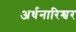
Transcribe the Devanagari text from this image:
अर्धनारिश्वर